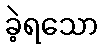
ခဲ့ရသော